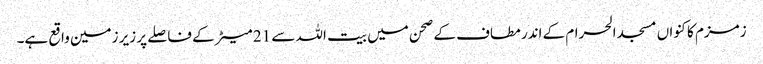
زمزم کا کنواں مسجد الحرام کے اندر مطاف کے صحن میں بیت اللہ سے 21 میٹر کے فاصلے پر زیر زمین واقع ہے۔